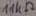
Text: 11KΩ